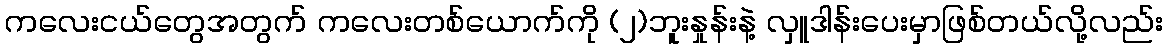
ကလေးငယ်တွေအတွက် ကလေးတစ်ယောက်ကို (၂)ဘူးနှုန်းနဲ့ လှူဒါန်းပေးမှာဖြစ်တယ်လို့လည်း